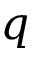
q